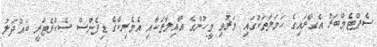
ސެޕްޓެމްބަރު އެގާރައިގެ ހަމަލާތަކުގައި މަރުވި މީހުންގެ އާއިލާތަކާއި އެމެރިކާގެ ޑިފެންސް ސެކްރެޓަރީ ބައްދަލު